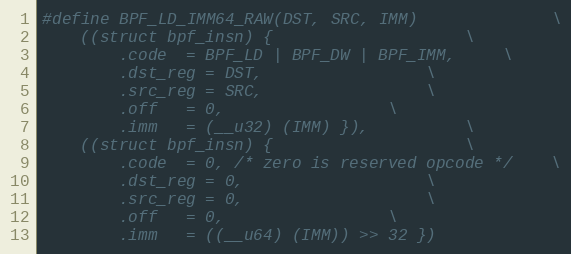
Language: C
#define BPF_LD_IMM64_RAW(DST, SRC, IMM)				\
	((struct bpf_insn) {					\
		.code  = BPF_LD | BPF_DW | BPF_IMM,		\
		.dst_reg = DST,					\
		.src_reg = SRC,					\
		.off   = 0,					\
		.imm   = (__u32) (IMM) }),			\
	((struct bpf_insn) {					\
		.code  = 0, /* zero is reserved opcode */	\
		.dst_reg = 0,					\
		.src_reg = 0,					\
		.off   = 0,					\
		.imm   = ((__u64) (IMM)) >> 32 })